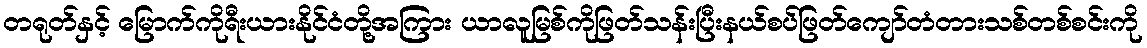
တရုတ်နှင့် မြောက်ကိုရီးယားနိုင်ငံတို့အကြား ယာလူမြစ်ကိုဖြတ်သန်းပြီးနယ်စပ်ဖြတ်ကျော်တံတားသစ်တစ်စင်းကို